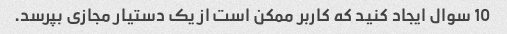
10 سوال ایجاد کنید که کاربر ممکن است از یک دستیار مجازی بپرسد.